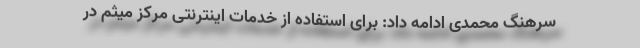
سرهنگ محمدی ادامه داد: برای استفاده از خدمات اینترنتی مرکز میثم در